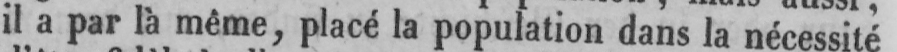
il a par là même, placé la population dans la nécessité